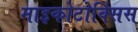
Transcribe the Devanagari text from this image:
माइकोटोक्सिंस